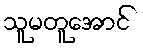
သူမတူအောင်